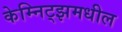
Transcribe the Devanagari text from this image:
केम्निट्झमधील